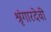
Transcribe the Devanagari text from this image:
श्रृंगारदेवी